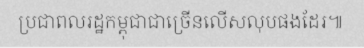
ប្រជាពលរដ្ឋកម្ពុជាជាច្រើនលើសលុបផងដែរ៕